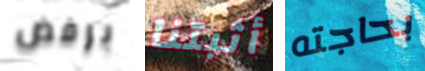
برفض أثبتنا بحاجته